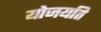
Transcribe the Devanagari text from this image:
योजयति